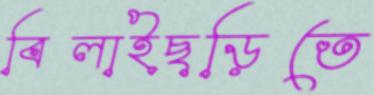
বিলাইছড়িতে